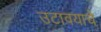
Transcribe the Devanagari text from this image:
उटावयाचे